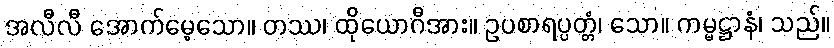
အလီလီ အောက်မေ့သော။ တဿ၊ ထိုယောဂီအား။ ဥပစာရပ္ပတ္တံ၊ သော။ ကမ္မဋ္ဌာနံ၊ သည်။